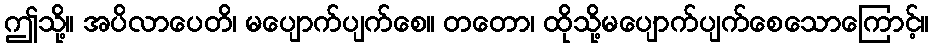
ဤသို့။ အပိလာပေတိ၊ မပျောက်ပျက်စေ။ တတော၊ ထိုသို့မပျောက်ပျက်စေသောကြောင့်။